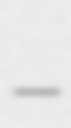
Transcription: –